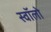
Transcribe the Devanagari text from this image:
स्वॉलो